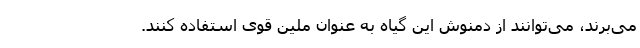
می‌برند، می‌توانند از دمنوش این گیاه به عنوان ملین قوی استفاده کنند.